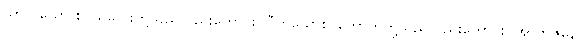
သာလိယော စ၊ သလေးတို့သည်လည်းကောင်း။ ဝီဟယောစ၊ ကောက်တို့သည်လည်းကောင်း။ အာဘူဇိနော